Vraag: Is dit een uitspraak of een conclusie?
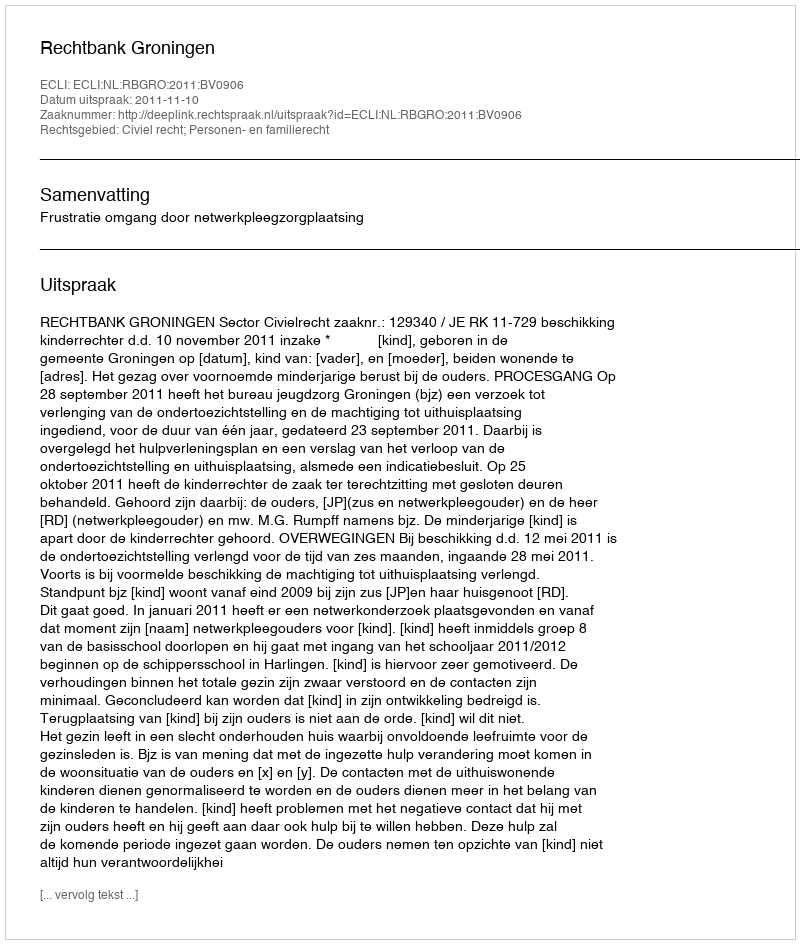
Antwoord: Uitspraak